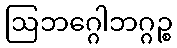
ဩဘဂ္ဂေါဘဂ္ဂဉ္စ